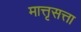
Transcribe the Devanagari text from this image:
मात्तृसत्ता